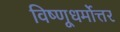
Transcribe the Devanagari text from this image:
विष्णूधर्मोत्तर